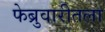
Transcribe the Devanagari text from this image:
फेब्रुवारीतला